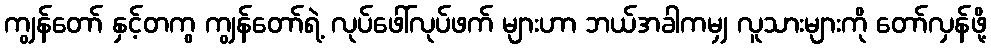
ကျွန်တော် နှင့်တကွ ကျွန်တော်ရဲ့ လုပ်ဖေါ်လုပ်ဖက် များဟာ ဘယ်အခါကမျှ လူသားများကို တော်လှန်ဖို့